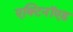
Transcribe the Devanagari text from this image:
एक्टिनॉएड